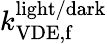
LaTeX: k_{\mathrm{VDE,f}}^{\mathrm{light/dark}}